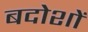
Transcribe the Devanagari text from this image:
बदोशों